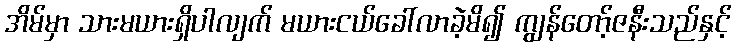
အိမ်မှာ သားမယားရှိပါလျက် မယားငယ်ခေါ်လာခဲ့မိ၍ ကျွန်တော့်ဇနီးသည်နှင့်